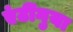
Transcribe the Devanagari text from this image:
एंटींगुया